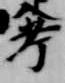
考